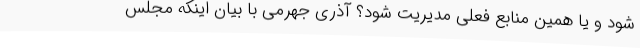
شود و یا همین منابع فعلی مدیریت شود؟ آذری جهرمی با بیان اینکه مجلس